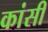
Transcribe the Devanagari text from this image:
कांसी